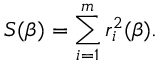
S ( { \boldsymbol { \beta } } ) = \sum _ { i = 1 } ^ { m } r _ { i } ^ { 2 } ( { \boldsymbol { \beta } } ) .